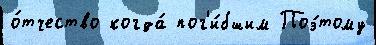
о́тчество когда́ пог'и́бшим Поэ́тому